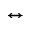
\leftrightarrow